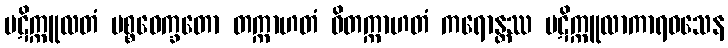
ပဋိက္ကူလတံ ပစ္စဝေက္ခတော တက္ကာဟတံ ဝိတက္ကာဟတံ ကရောန္တဿ ပဋိက္ကူလာကာရဝသေန